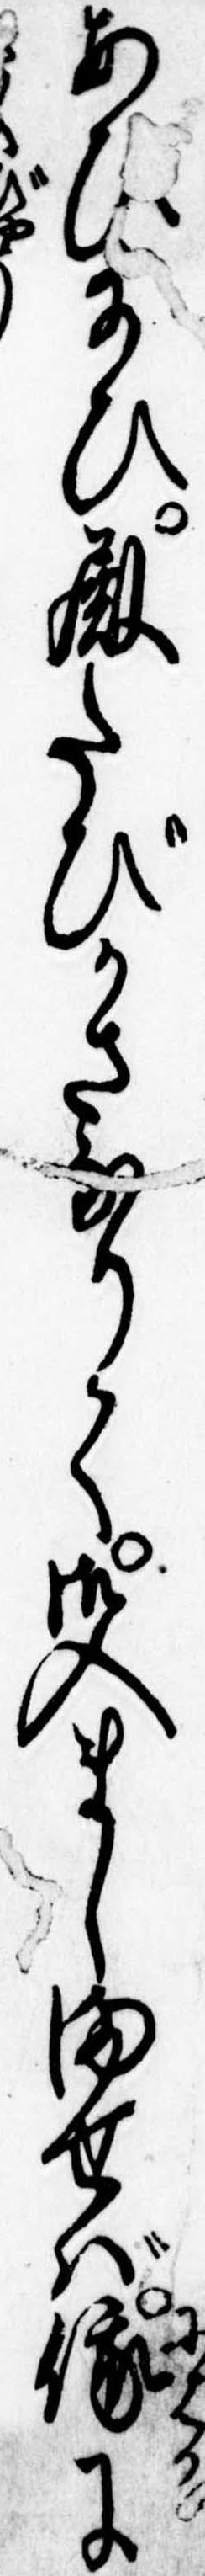
あひ給ひ殿たびかさなりて御入ましませば俄に